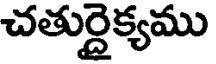
చతుర్దైక్యము